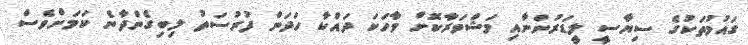
ގައުމުތަކުގެ ސިޔާސީ ލީޑަރުންނާއި މަޝްވަރާކޮށް ވާހަކަ ދައްކާ ހަދަން ފުރުސަތު ލިބިގެންދާނެ ކަަމަށްވެސް